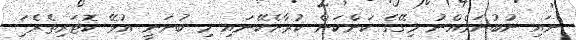
ނައި ނުބުނަމެއްނު މިގޭގެ ކަންކަން ކުރާށެކޭނައި މި ބުނަނީ އުޅޭ ކޮޓަރިތެރެ ަަަަަަަަަަަަަަަަިަަަަަަަަަަަަަަަ